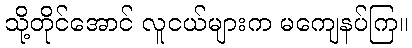
သို့တိုင်အောင် လူငယ်များက မကျေနပ်ကြ။